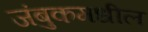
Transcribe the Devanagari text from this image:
जंबुकमधील